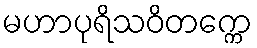
မဟာပုရိသဝိတက္ကေ